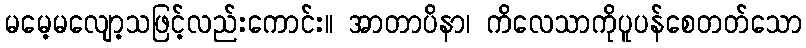
မမေ့မလျော့သဖြင့်လည်းကောင်း။ အာတာပိနာ၊ ကိလေသာကိုပူပန်စေတတ်သော